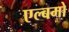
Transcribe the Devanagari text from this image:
एल्बमो